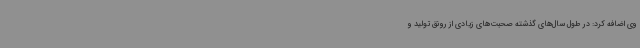
وی اضافه کرد: در طول سال‌های گذشته صحبت‌های زیادی از رونق تولید و